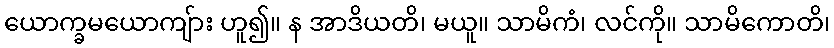
ယောက္ခမယောကျ်ား ဟူ၍။ န အာဒိယတိ၊ မယူ။ သာမိကံ၊ လင်ကို။ သာမိကောတိ၊